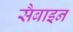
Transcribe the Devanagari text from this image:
सैबाइन